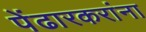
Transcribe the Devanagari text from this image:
पेंढारकरांना